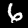
Label: 6